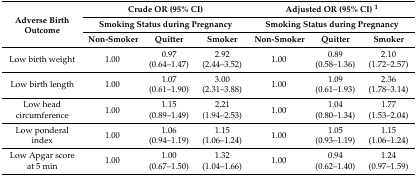
| <ROWSPAN=3> Adverse Birth Outcome | <COLSPAN=3> Crude OR (95% CI) | <COLSPAN=3> Adjusted OR (95% CI) 1 |
 | <COLSPAN=3> Smoking Status during Pregnancy | <COLSPAN=3> Smoking Status during Pregnancy |
 | Non-Smoker | Quitter | Smoker | Non-Smoker | Quitter | Smoker |
 | --- | --- | --- | --- | --- | --- | --- |
 | Low birth weight | 1.00 | 0.97 (0.64–1.47) | 2.92 (2.44–3.52) | 1.00 | 0.89 (0.58–1.36) | 2.10 (1.72–2.57) |
 | Low birth length | 1.00 | 1.07 (0.61–1.90) | 3.00 (2.31–3.88) | 1.00 | 1.09 (0.61–1.93) | 2.36 (1.78–3.14) |
 | Low head circumference | 1.00 | 1.15 (0.89–1.49) | 2.21 (1.94–2.53) | 1.00 | 1.04 (0.80–1.34) | 1.77 (1.53–2.04) |
 | Low ponderal index | 1.00 | 1.06 (0.94–1.19) | 1.15 (1.06–1.24) | 1.00 | 1.05 (0.93–1.19) | 1.15 (1.06–1.24) |
 | Low Apgar score at 5 min | 1.00 | 1.00 (0.67–1.50) | 1.32 (1.04–1.66) | 1.00 | 0.94 (0.62–1.40) | 1.24 (0.97–1.59) |